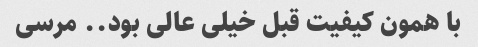
با همون کیفیت قبل خیلی عالی بود.. مرسی